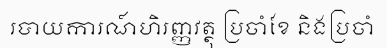
របាយការណ៍ហិរញ្ញវត្ថុ ប្រចាំខែ និងប្រចាំ